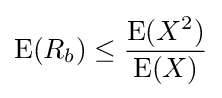
\operatorname {E} (R_{b})\leq {\frac {\operatorname {E} (X^{2})}{\operatorname {E} (X)}}